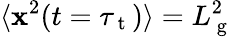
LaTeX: \langle\mathbf{x}^{2}(t=\tau_{\mathrm{{~t~}}})\rangle=L_{\mathrm{{~g~}}}^{2}